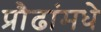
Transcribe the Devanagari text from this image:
प्रौढांमधे